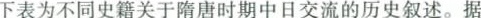
下表为不同史籍关于隋唐时期中日交流的历史叙述。据